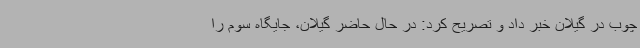
چوب در گیلان خبر داد و تصریح کرد: در حال حاضر گیلان، جایگاه سوم را